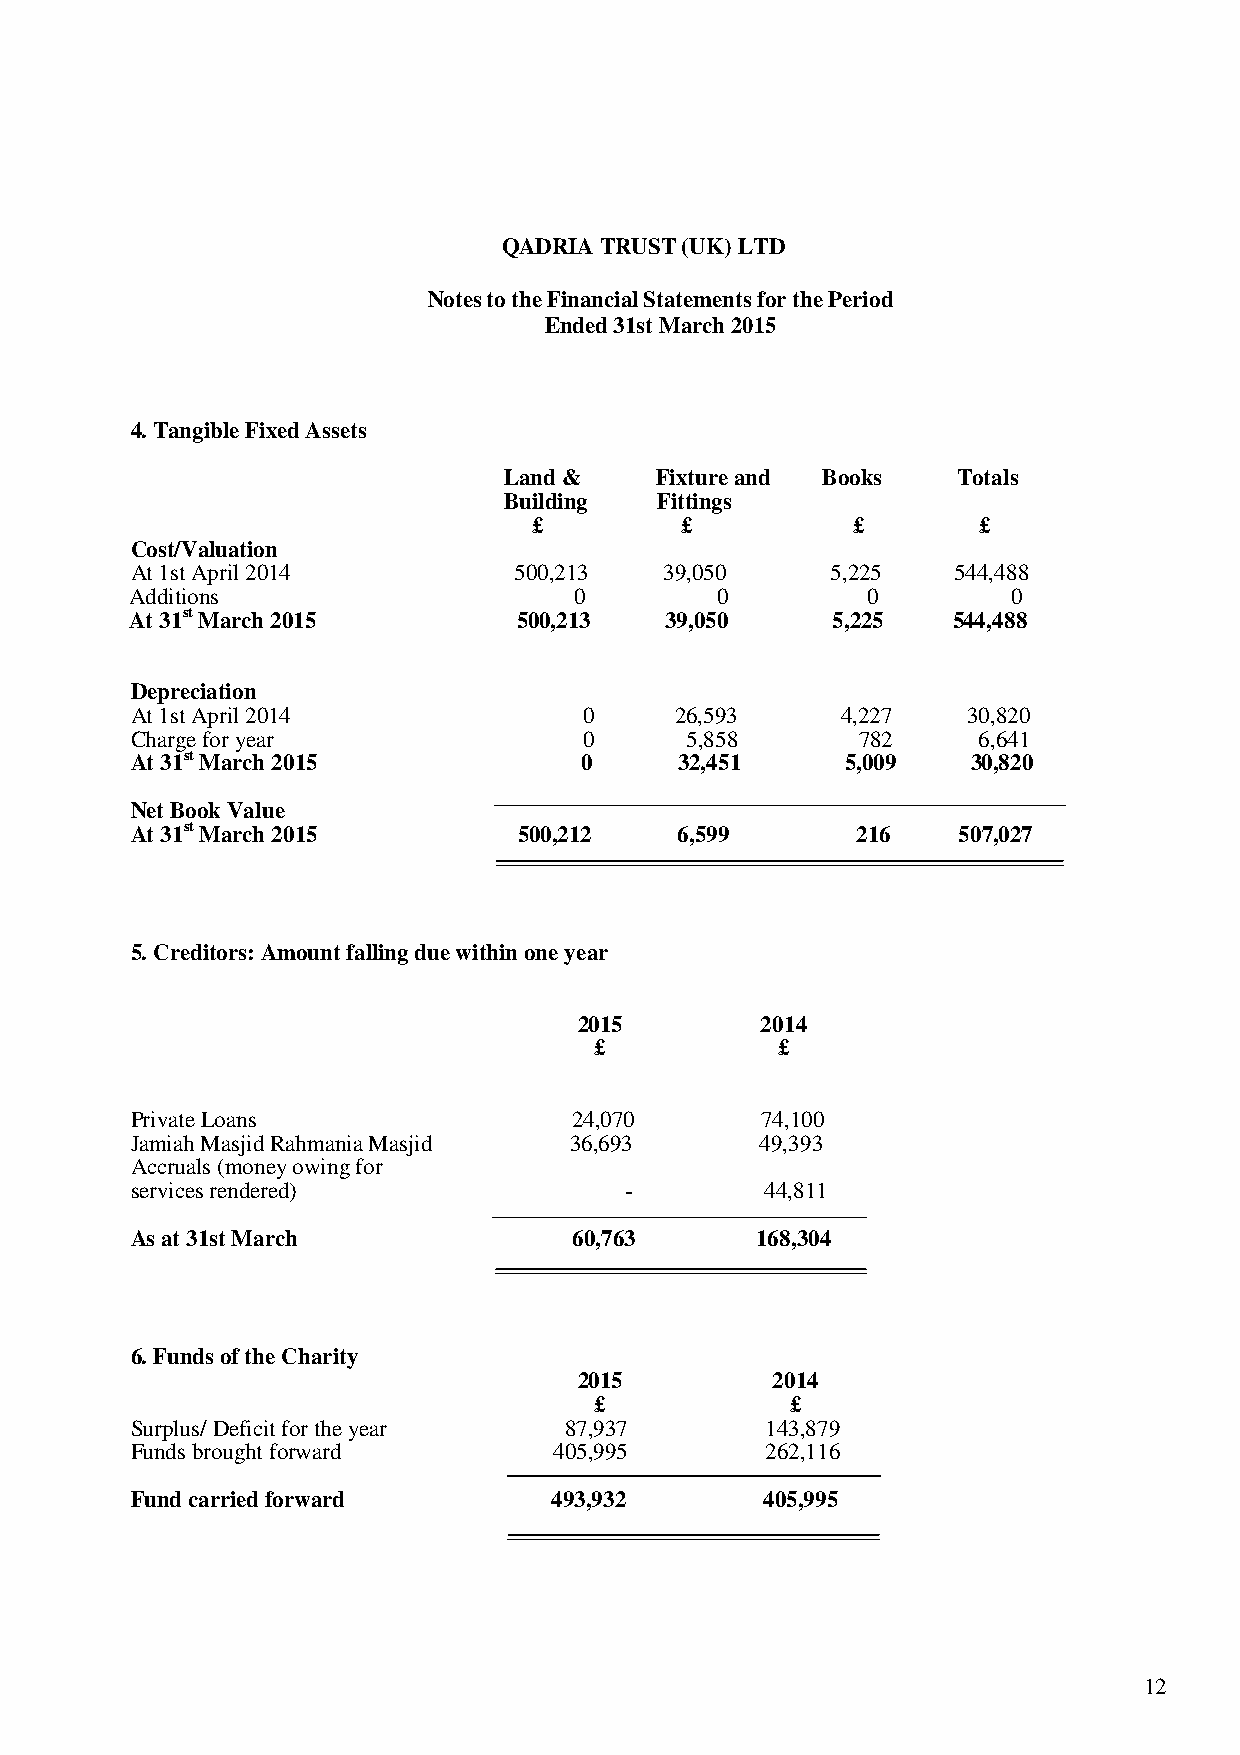
QADRIA TRUST (UK) LTD
 Notes to the Financial Statements for the Period
 Ended 31st March 2015
 4. Tangible Fixed Assets
 Land &    Fixture and Books   Totals
 Building   Fittings
 £         £           £       £
 Cost/Valuation
 At 1st April 2014        500,213   39,050     5,225   544,488
 Additions                    0         0        0         0
 At 31st March 2015       500,213   39,050     5,225   544,488
 Depreciation
 At 1st April 2014             0     26,593     4,227   30,820
 Charge for year               0     5,858       782     6,641
 At 31st March 2015           0      32,451     5,009   30,820
 Net Book Value
 At 31st March 2015       500,212    6,599       216   507,027
 5. Creditors: Amount falling due within one year
 2015        2014
 £            £
 Private Loans                24,070      74,100
 Jamiah Masjid Rahmania Masjid 36,693     49,393
 Accruals (money owing for
 services rendered)              -         44,811
 As at 31st March             60,763      168,304
 6. Funds of the Charity
 2015         2014
 £            £
 Surplus/ Deficit for the year 87,937      143,879
 Funds brought forward       405,995       262,116
 Fund carried forward        493,932       405,995
 12